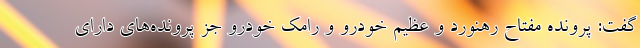
گفت: پرونده مفتاح رهنورد و عظیم خودرو و رامک خودرو جز پرونده‌های دارای